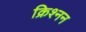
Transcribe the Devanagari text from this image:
क्रिश्नन